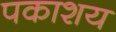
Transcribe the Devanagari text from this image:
पकाशय